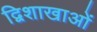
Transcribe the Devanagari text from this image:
द्विशाखाओं